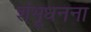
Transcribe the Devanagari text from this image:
शंभूधनना